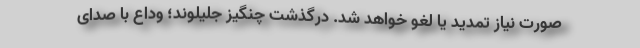
صورت نیاز تمدید یا لغو خواهد شد. درگذشت چنگیز جلیلوند؛ وداع با صدای